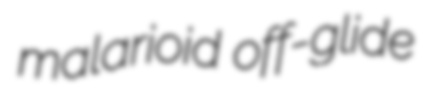
malarioid off-glide